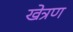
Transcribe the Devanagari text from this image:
खेत्रण